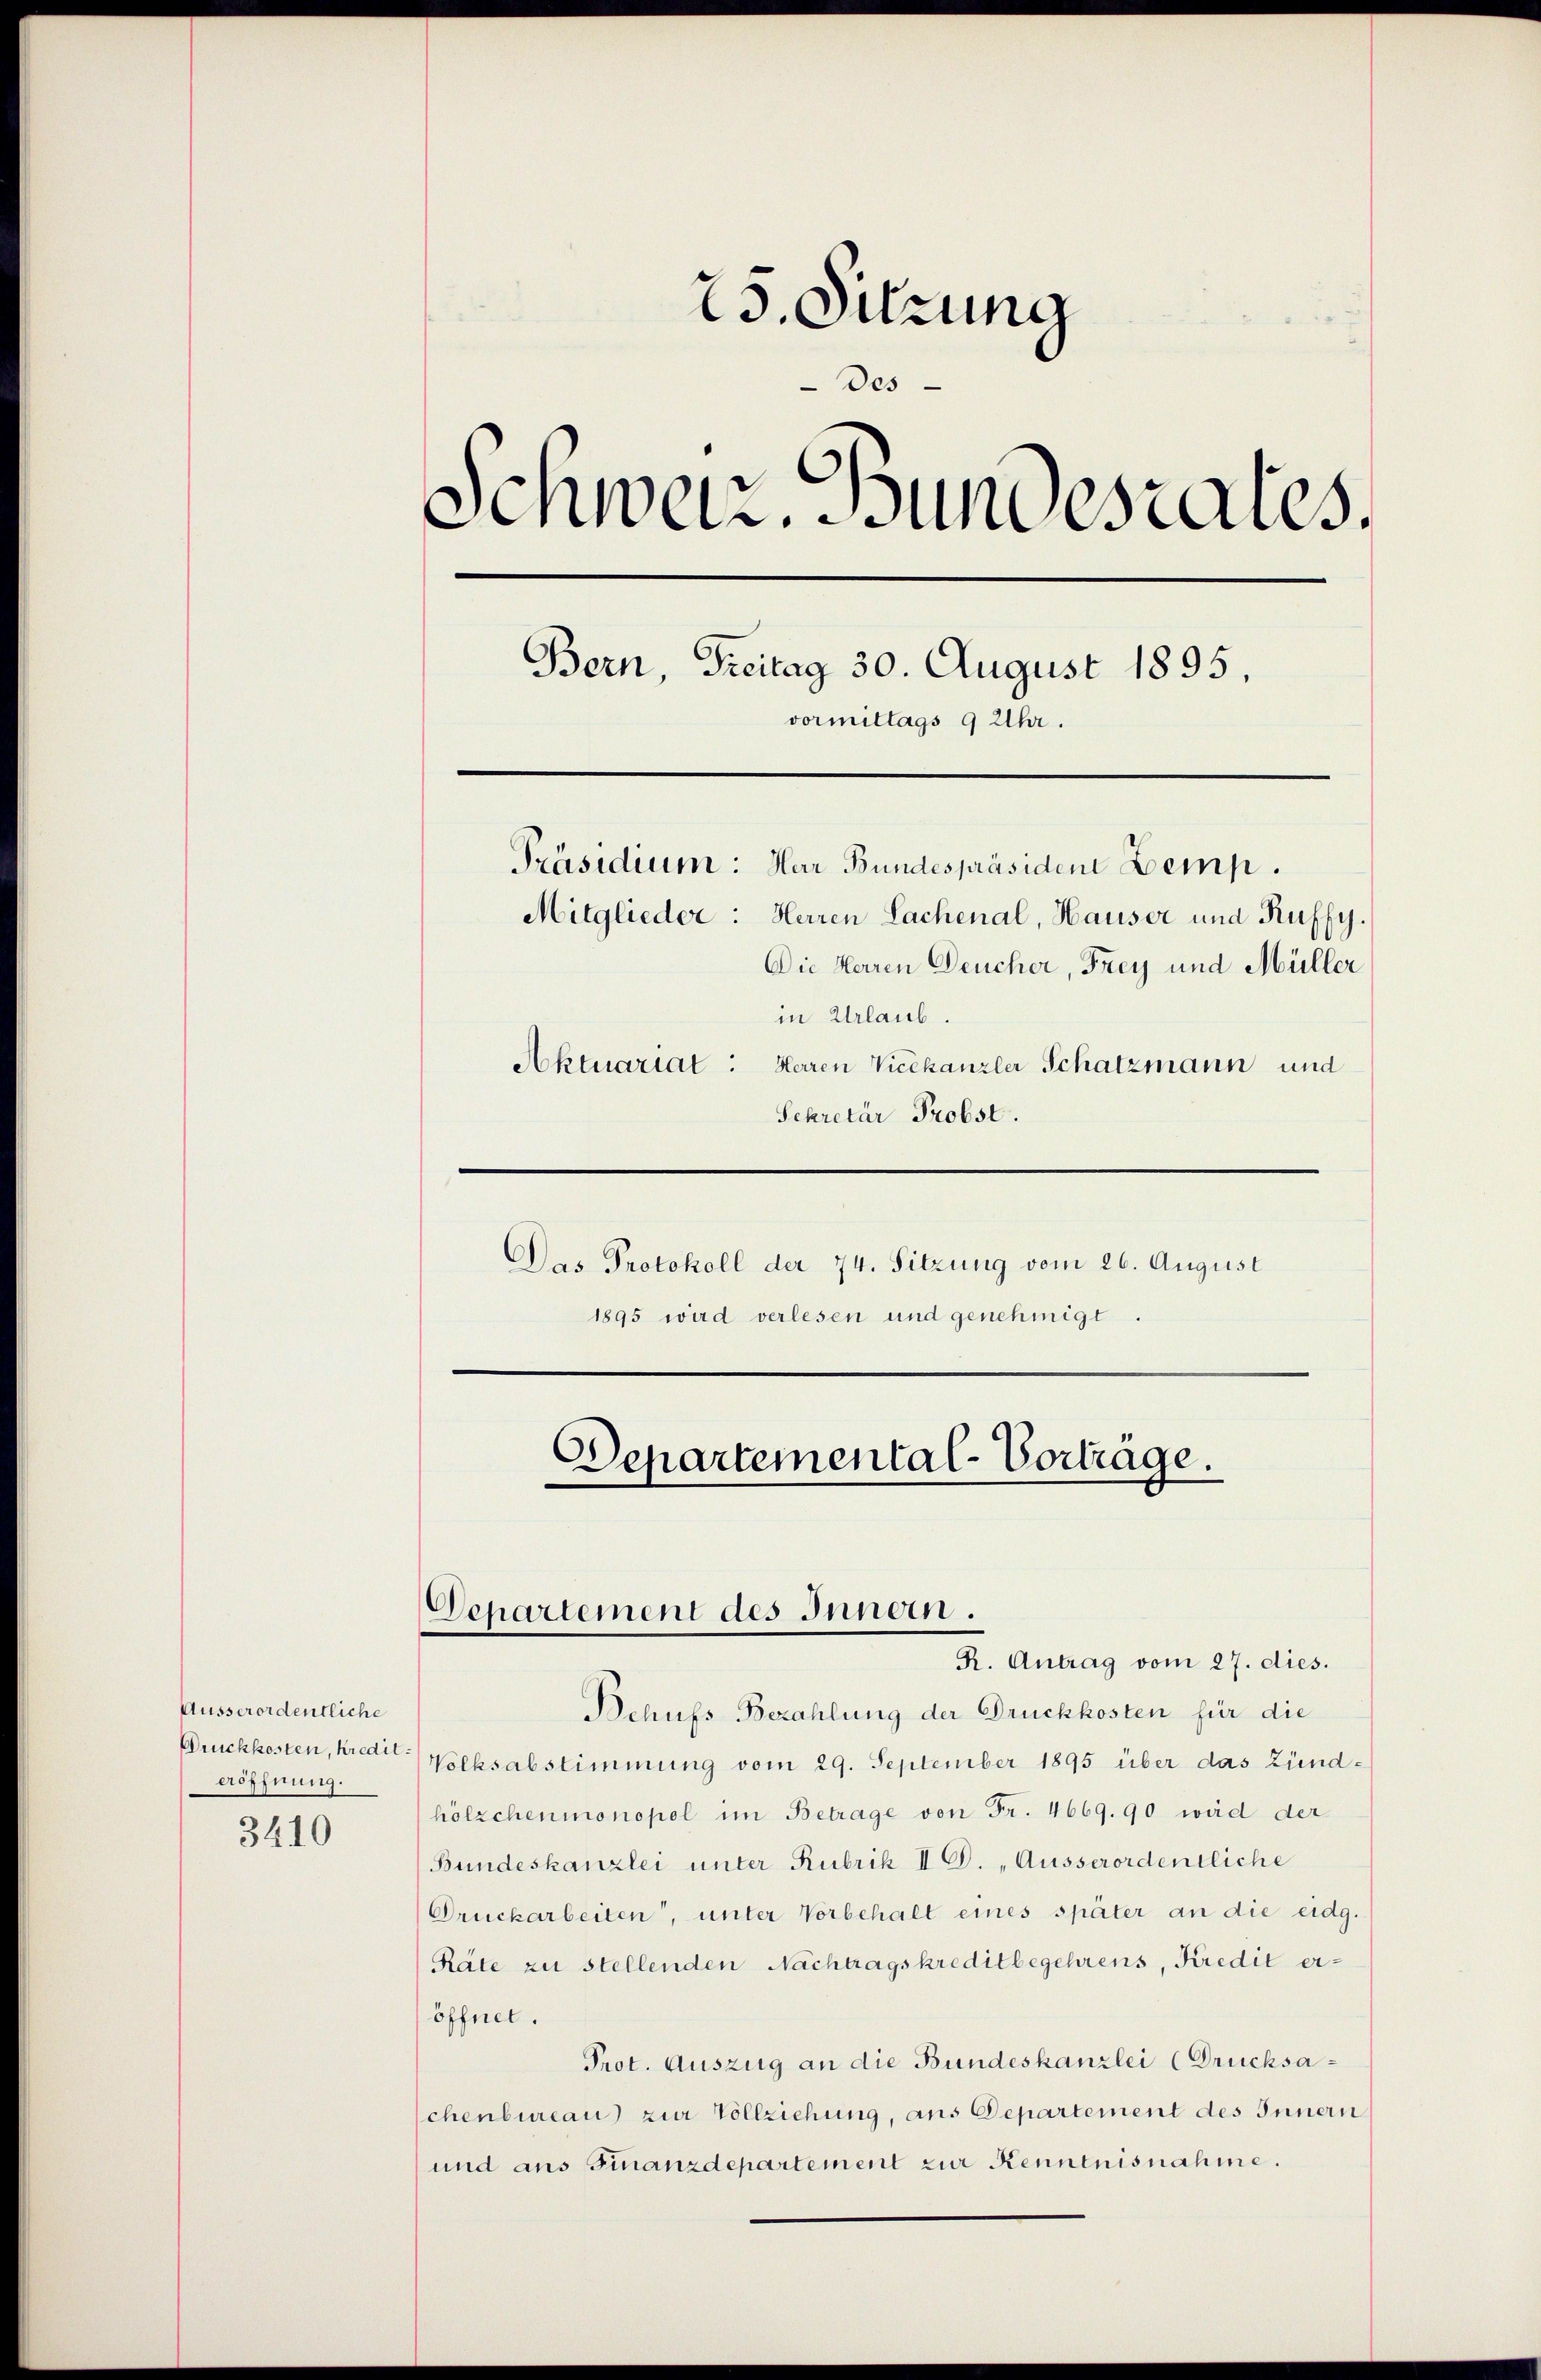
Ausserordentliche
eröffnung.
3410

25. Sitzung
Des
Schweiz. Bundesrates.
Bern, Freitag 30. August 1895.
vormittags 9 Uhr.
Präsidium: Har Bundespräsiden Lemp.
Mitglieder: Herren Lachenal, Hauser und Ruffy.
Die Herren Deucher, Frey und Müller
in Urlaub.
Aktuariat: Heren Vicekanzler Schatzmann und
Sekretär Probst.

Das Protokoll der 74. Sitzung vom 26. August
1895 wird verlesen und genehmigt.

Departemental-Vorträge.
Departement des Innern.
R. Antrag vom 27. dies.

Behufs Bezahlung der Druckkosten für die
Bruckkosten, kredit Volksabstimmung vom 29. September 1895 über das Zündhölzchenmonopol im Betrage von Fr. 4669.90 wird der
Bundeskanzlei unter Rubrik II D. „Ausserordentliche
Druckarbeiten, unter Vorbehalt eines später an die eidg.
Räte zu stellenden Nachtragskreditbegehrens, Kredit eröffnet.
Prot. Auszug an die Bundeskanzlei (Drucksaschenbureau zur Vollziehung, ans Departement des Innern
und aus Finanzdepartement zur Kenntnisnahme.